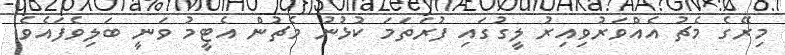
މިރޭގެ މެޗު އެއްވަރުވިއިރު ލީގުގައި ފުރަތަމަ ކުޅުނު މެޗުން އެޓީމު ވަނީ ބަލިވެފައެވެ.